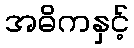
အဓိကနှင့်